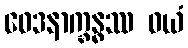
ဝေဒနာက္ခန္ဓဿ ဝယံ